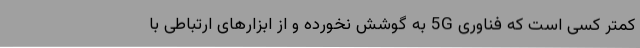
کمتر کسی است که فناوری 5G به گوشش نخورده و از ابزارهای ارتباطی با